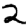
Digit: 2